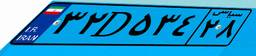
۳۲D۵۳۴۲۸